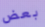
بعض